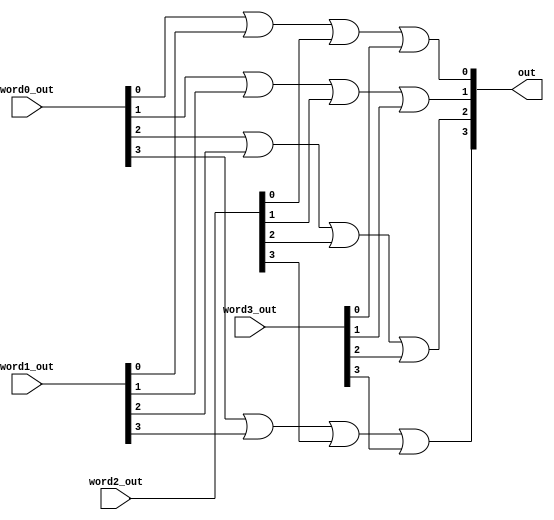
module four_or_gates(
    input [3:0]word0_out,word1_out,word2_out,word3_out,
    output [3:0]out
);

or(out[0], word0_out[0], word1_out[0], word2_out[0], word3_out[0]);
or(out[1], word0_out[1], word1_out[1], word2_out[1], word3_out[1]);
or(out[2], word0_out[2], word1_out[2], word2_out[2], word3_out[2]);
or(out[3], word0_out[3], word1_out[3], word2_out[3], word3_out[3]);

endmodule